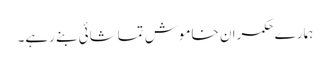
ہمارے حکمران خاموش تماشائی بنے رہے۔